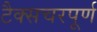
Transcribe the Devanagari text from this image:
टैक्सचरपूर्ण